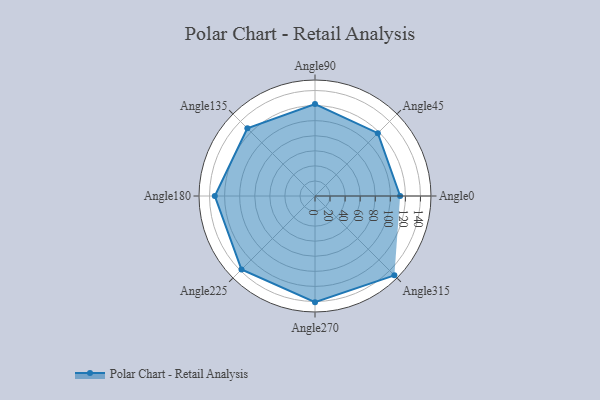
{"axis": {"x": "Angle", "y": "Radius"}, "legend": [""], "data": [{"x": "Angle0", "y": 113.0, "type": ""}, {"x": "Angle45", "y": 118.0, "type": ""}, {"x": "Angle90", "y": 122.0, "type": ""}, {"x": "Angle135", "y": 127.0, "type": ""}, {"x": "Angle180", "y": 133.0, "type": ""}, {"x": "Angle225", "y": 138.0, "type": ""}, {"x": "Angle270", "y": 141.0, "type": ""}, {"x": "Angle315", "y": 149.0, "type": ""}]}